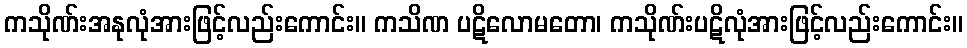
ကသိုဏ်းအနုလုံအားဖြင့်လည်းကောင်း။ ကသိဏ ပဋိလောမတော၊ ကသိုဏ်းပဋိလုံအားဖြင့်လည်းကောင်း။